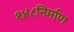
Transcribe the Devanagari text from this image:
१४८निर्माण